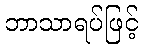
ဘာသာရပ်ဖြင့်